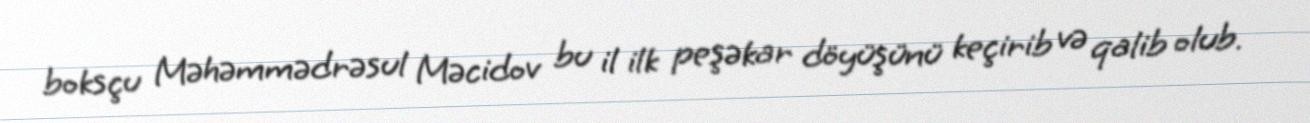
boksçu Məhəmmədrəsul Məcidov bu il ilk peşəkar döyüşünü keçirib və qalib olub.